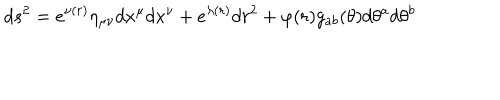
d s ^ { 2 } = e ^ { \nu ( r ) } \eta _ { \mu \nu } d x ^ { \mu } d x ^ { \nu } + e ^ { \lambda ( r ) } d r ^ { 2 } + \varphi ( r ) g _ { a b } ( \theta ) d \theta ^ { a } d \theta ^ { b }